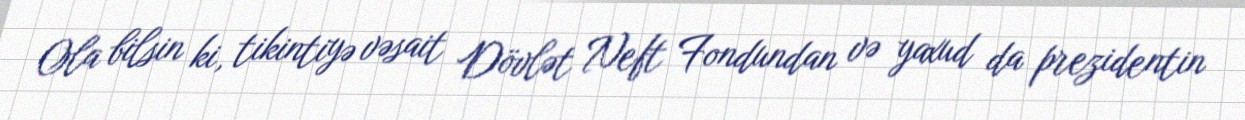
Ola bilsin ki, tikintiyə vəsait Dövlət Neft Fondundan və yaxud da prezidentin